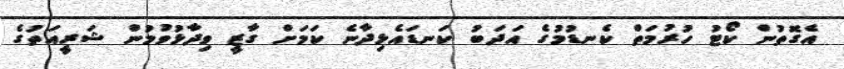
އެގޮތުން ކޯޓު ހުރުމަތް ކެނޑުމުގެ އަދަބު ކަނޑައެޅިދާނެ ކަމަށް ގާޒީ ވިދާޅުވުމުން ޝަރީއަތުގެ